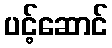
ပင့်ဆောင်